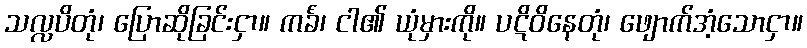
သလ္လပိတုံ၊ ပြောဆိုခြင်းငှာ။ ကင်္ခံ၊ ငါ၏ ယုံမှားကို။ ပဋိဝိနေတုံ၊ ဖျောက်အံ့သောငှာ။